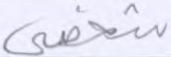
شخصي